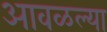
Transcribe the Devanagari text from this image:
आवळल्या